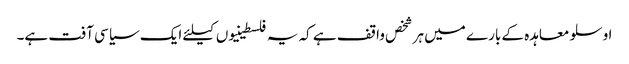
اوسلو معاہدہ کے بارے میں ہر شخص واقف ہے کہ یہ فلسطینیوں کیلئے ایک سیاسی آفت ہے۔